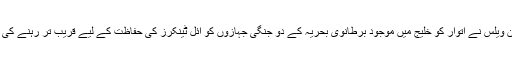
برطانوی وزیرِ دفاع بین ویلس نے اتوار کو خلیج میں موجود برطانوی بحریہ کے دو جنگی جہازوں کو آئل ٹینکرز کی حفاظت کے لیے قریب تر رہنے کی ہدایات جاری کی تھیں۔